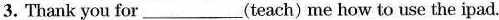
3. Thank you for ___ (teach) me how to use the ipad.